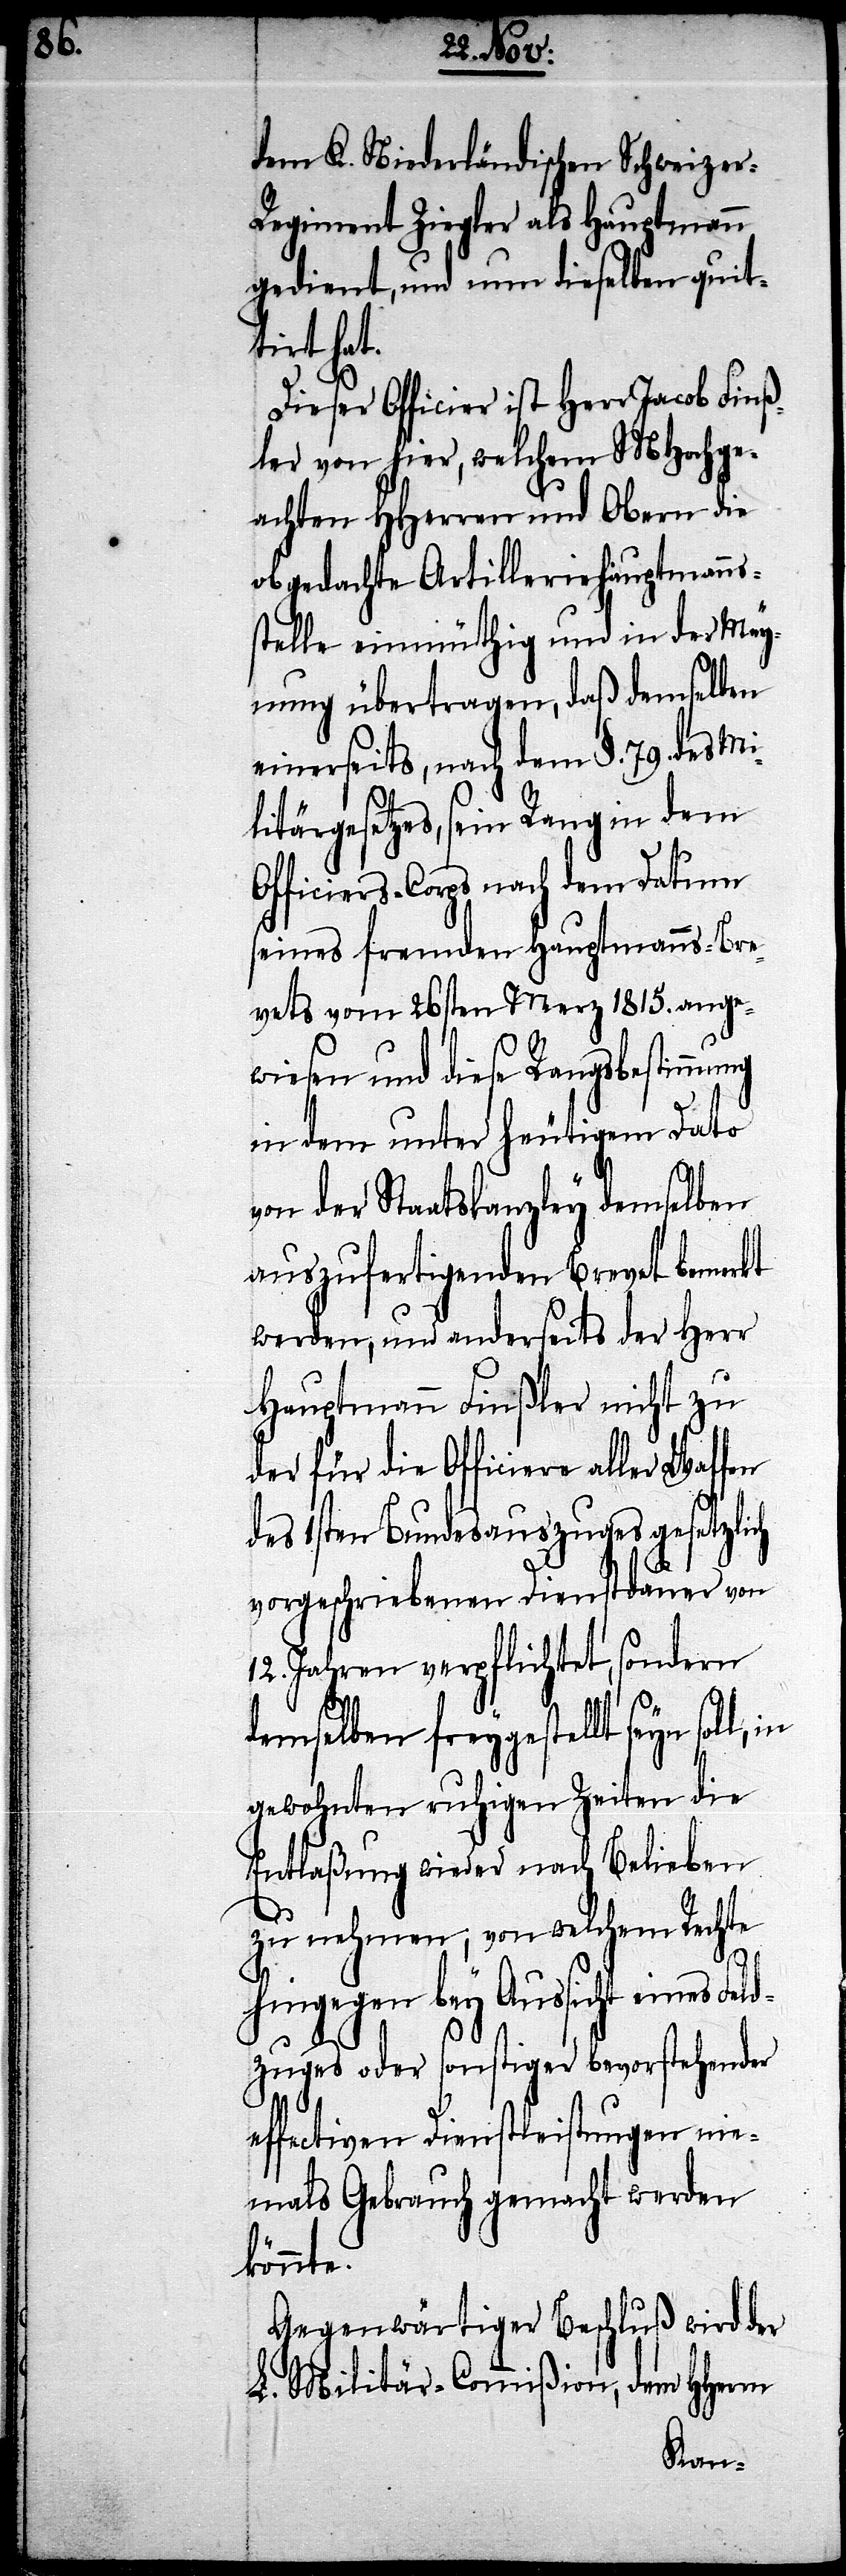
dem K. Niederländischen Schweize¬
r-Regiment Ziegler als Hauptmann
gedient, und nun dieselben quit¬
tirt hat.
Dieser Officier ist Herr Jacob Finß¬
ler von hier, welchem MHochge¬
achten HHerren und Obern die
obgedachte Artilleriehauptmanns¬
stelle einmüthig und in der Mey¬
nung übertragen, daß demselben
einerseits, nach dem §. 79. des Mi¬
litärgesetzes, sein Rang in dem
Officiers-Corps nach dem Datum
seines fremden Hauptmanns-Bre¬
vets vom 26sten Merz 1815. ange¬
wiesen und diese Rangsbestimmu¬
in dem unter heutigem Dato
von der Staatskanzley demselben
auszufertigenden Brevet bemerkt
werden, und anderseits der Herr
Hauptmann Finßler nicht zu
der für die Officiere aller Waffen
des 1sten Bundesauszuges gesetzlich
vorgeschriebenen Dienstdauer von
12. Jahren verpflichtet, sondern
demselben freygestellt seyn soll,
gewohnten ruhigen Zeiten die
Entlaßung wieder nach Belieben
zu nehmen, von welchem Rechte
hingegen bey Ansicht eines Fel¬
dzuges oder sonstiger bevorstehender
effectiven Dienstleistungen nie¬
mals Gebrauch gemacht werden
könnte.
Gegenwärtiger Beschluß wird der
L. Militär-Commißion, dem HHerrn
ng